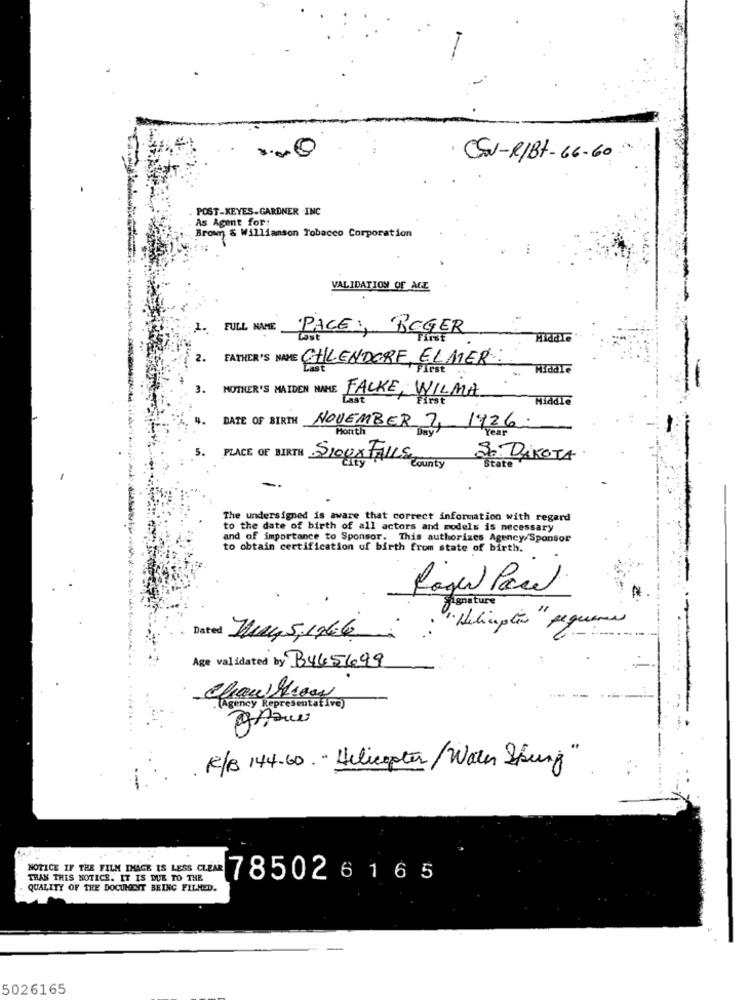
· CSV-R/BT-66-60
POST-KEYES.GARDNER INC
As Agent for:
Brown & Williamson Tobacco Corporation
VALIDATION OF AGE
2.
FULL NAME PACE :, ROGER
Middle
2.
FATHER'S NAME CHLENDORF, EL MER:
. Middle
MOTHER'S MAIDEN NAME FALKE, WILMA
Middle
4.
DATE OF BIRTH NOVEMBER 7, 1926.
Month
Year
So DAKOTA
PLACE OF BIRTH Sioux FALLS County
State
The undersigned is aware that correct information with regard
to the date of birth of all actors and models is necessary
and of importance to Sponsor. This authorizes Agency/S
This authorizes Agency/Sponsor
to obtain certification of birth from state of birth.
Roger Paul
Signature
Dated
" Helicopter " sequence
Muy 5,1946.
Age validated by B445699
Chaukrowy
(Agency Representative)
R/B 144.60. " Helicopter/Water Sprung"
NOTICE IF THE FILM INACK IS LESS CLEAR 78502 6 1 6 5
THAN THIS NOTICE. IT IS DUE TO THE
QUALITY OF THE DOCUMENT BEING FILMED.
5026165